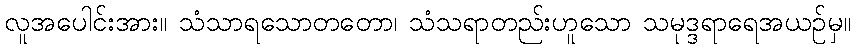
လူအပေါင်းအား။ သံသာရသောတတော၊ သံသရာတည်းဟူသော သမုဒ္ဒရာရေအယဉ်မှ။